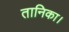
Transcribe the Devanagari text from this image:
तानिका।